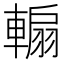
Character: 䡪